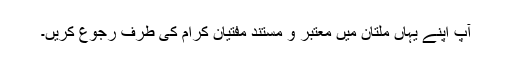
آپ اپنے یہاں ملتان میں معتبر و مستند مفتیان کرام کی طرف رجوع کریں۔